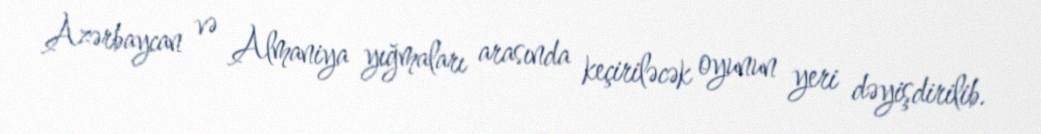
Azərbaycan və Almaniya yığmaları arasında keçiriləcək oyunun yeri dəyişdirilib.